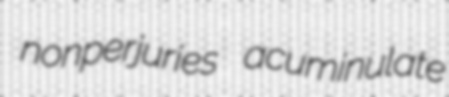
nonperjuries acuminulate